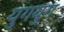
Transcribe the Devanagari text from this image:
युगयुग